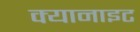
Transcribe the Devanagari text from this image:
क्यानाइट